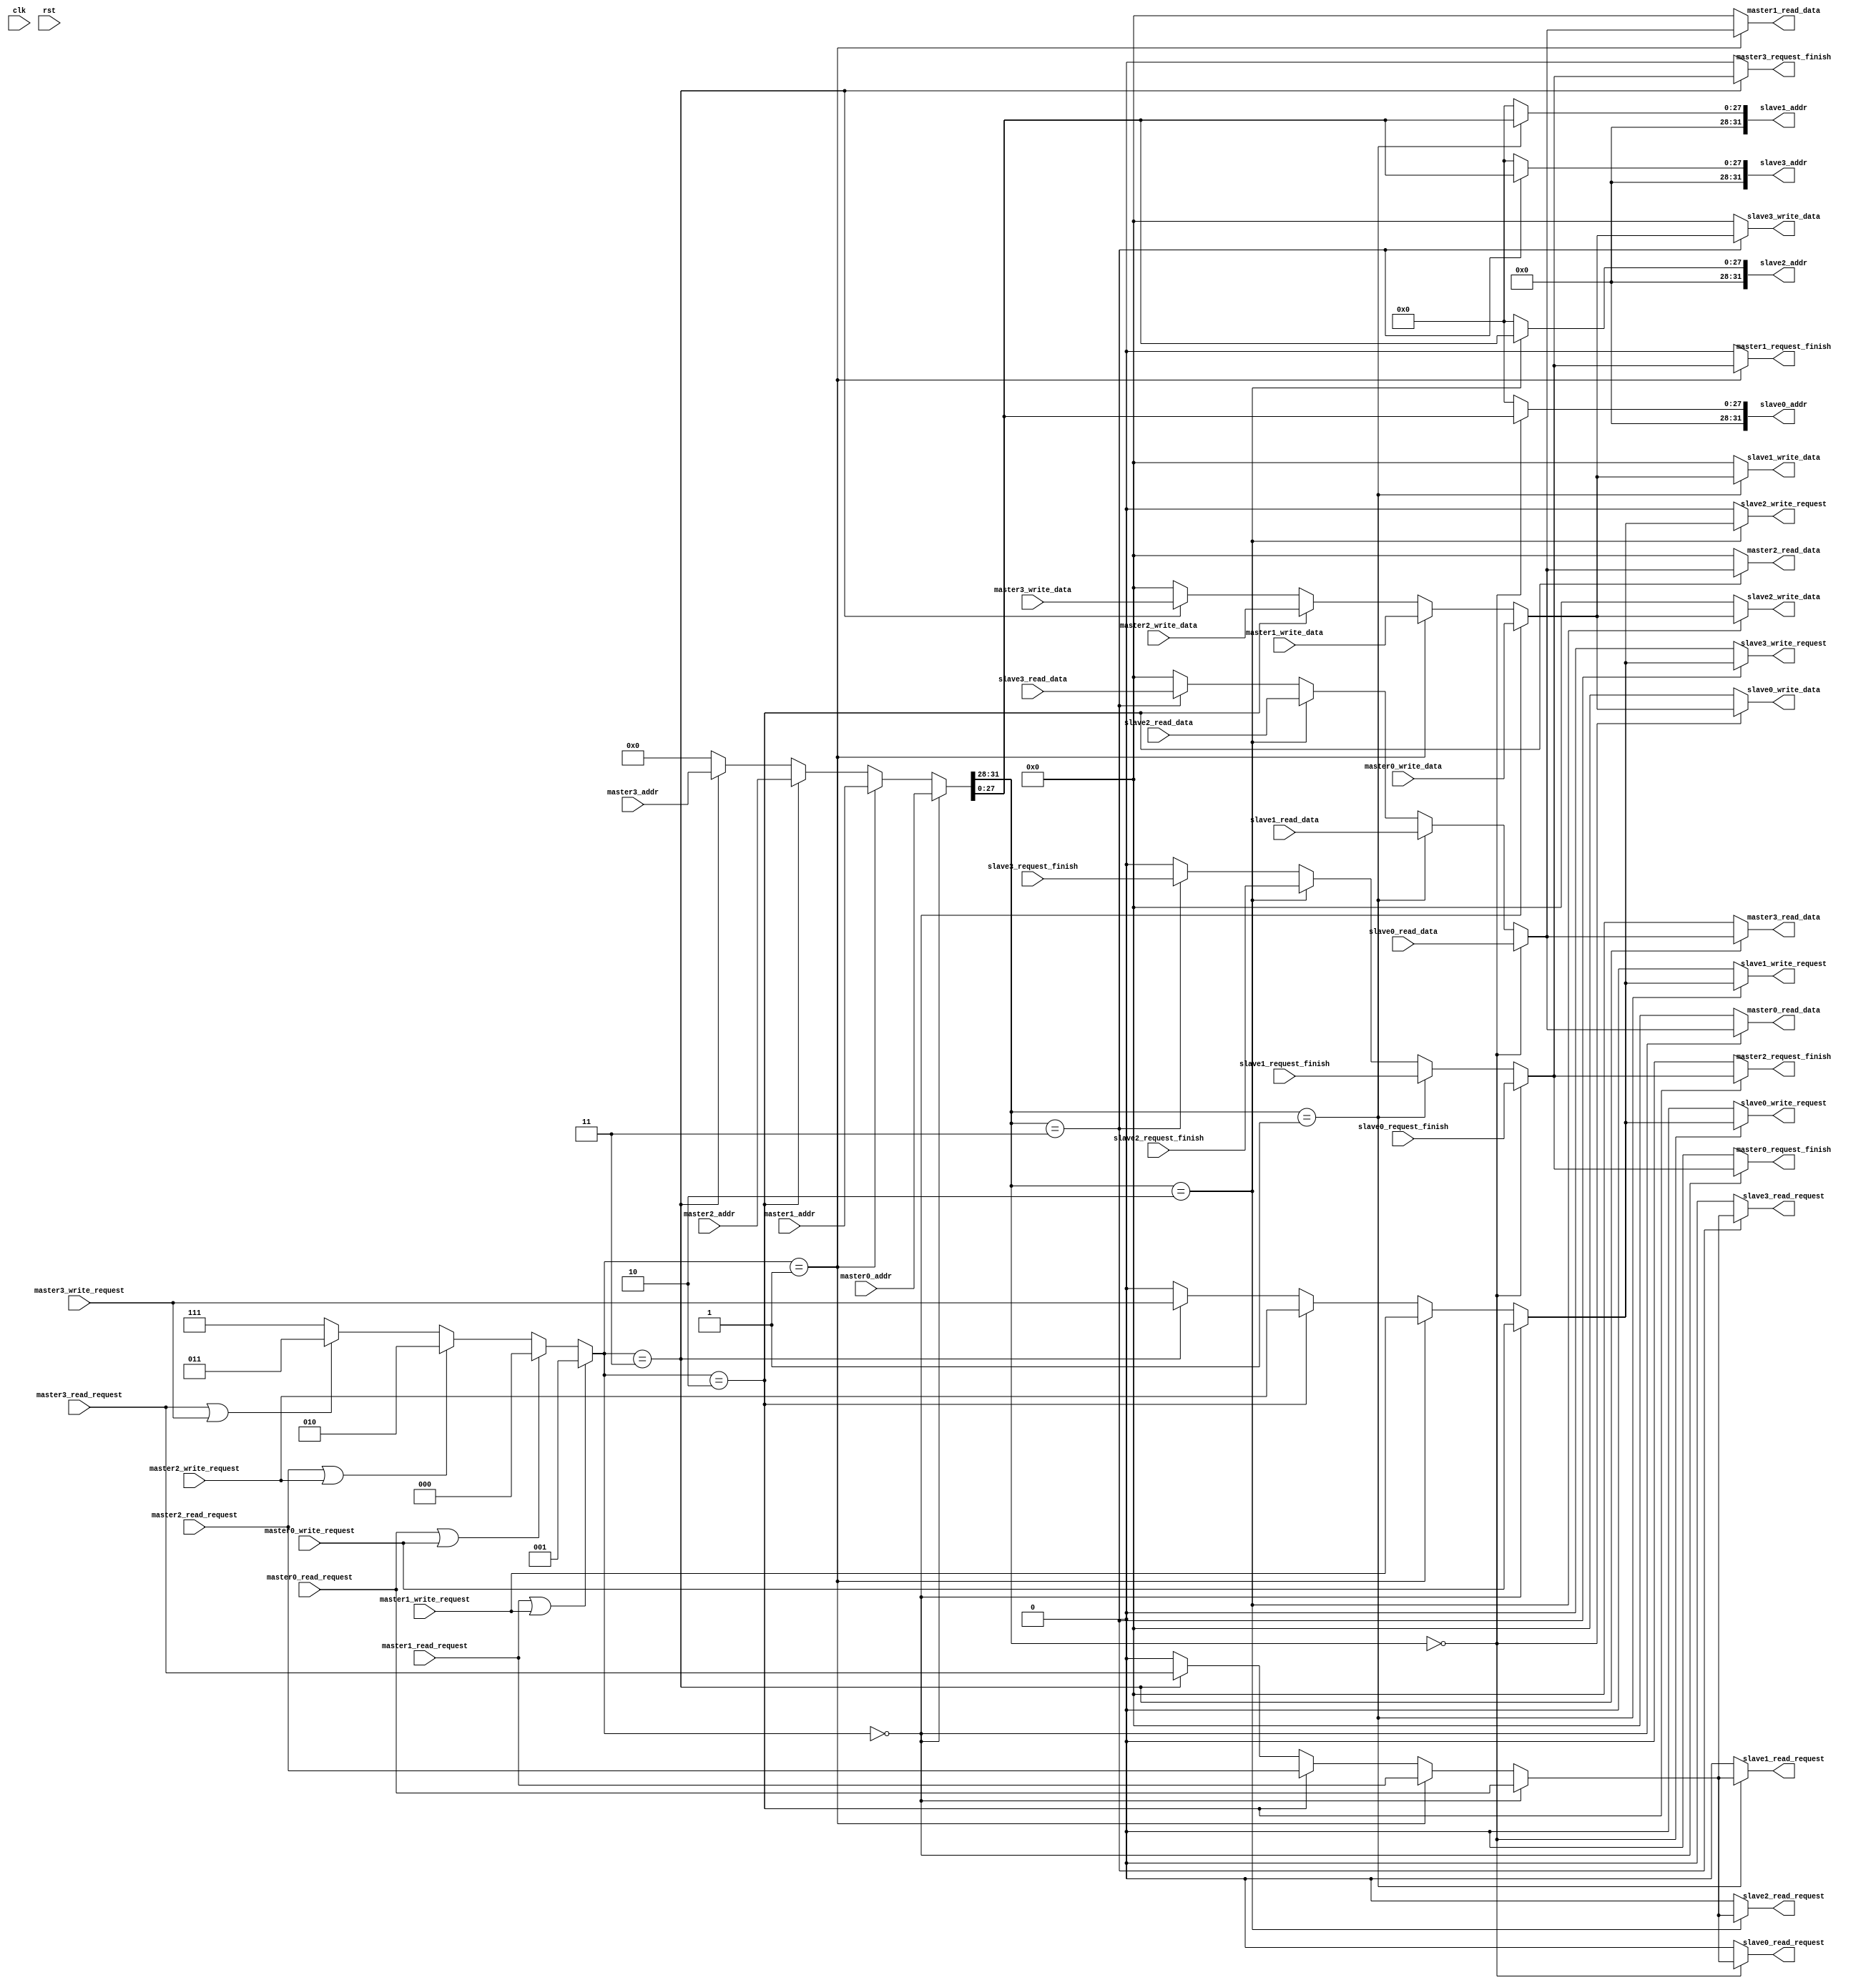
module NaiveBus #(
    parameter BUS_WIDTH=256
) (
    input clk, rst,

    // master 0: PC instruction interface
    input [31:0] master0_addr,
    input [BUS_WIDTH-1:0] master0_write_data,
    input master0_write_request, master0_read_request,
    output master0_request_finish,
    output [BUS_WIDTH-1:0] master0_read_data,

    // master 1: memory data interface
    input [31:0] master1_addr,
    input [BUS_WIDTH-1:0] master1_write_data,
    input master1_write_request, master1_read_request,
    output master1_request_finish,
    output [BUS_WIDTH-1:0] master1_read_data,

    // master 2:
    input [31:0] master2_addr,
    input [BUS_WIDTH-1:0] master2_write_data,
    input master2_write_request, master2_read_request,
    output master2_request_finish,
    output [BUS_WIDTH-1:0] master2_read_data,

    // master 3:
    input [31:0] master3_addr,
    input [BUS_WIDTH-1:0] master3_write_data,
    input master3_write_request, master3_read_request,
    output master3_request_finish,
    output [BUS_WIDTH-1:0] master3_read_data,

    // slave 0: instruction memory
    input slave0_request_finish,
    input [BUS_WIDTH-1:0] slave0_read_data,
    output slave0_write_request, slave0_read_request,
    output [31:0] slave0_addr,
    output [BUS_WIDTH-1:0] slave0_write_data,

    // slave 1: main memory
    input slave1_request_finish,
    input [BUS_WIDTH-1:0] slave1_read_data,
    output slave1_write_request, slave1_read_request,
    output [31:0] slave1_addr,
    output [BUS_WIDTH-1:0] slave1_write_data,

    // slave 2
    input slave2_request_finish,
    input [BUS_WIDTH-1:0] slave2_read_data,
    output slave2_write_request, slave2_read_request,
    output [31:0] slave2_addr,
    output [BUS_WIDTH-1:0] slave2_write_data,

    // slave 3
    input slave3_request_finish,
    input [BUS_WIDTH-1:0] slave3_read_data,
    output slave3_write_request, slave3_read_request,
    output [31:0] slave3_addr,
    output [BUS_WIDTH-1:0] slave3_write_data
);
    // parameters for slave's address space partition
    // we use the highest 4 bits of address to indicate different slave devices
    // In this way, we can support at most 16 slave devices
    parameter [3:0] slave0 = 4'b0000;
    parameter [3:0] slave1 = 4'b0001;
    parameter [3:0] slave2 = 4'b0010;
    parameter [3:0] slave3 = 4'b0011;
    // parameters for master's grant decision
    // we use 3 bits in total, which means we can support at most 8 masters
    parameter [2:0] grant0 = 3'b000;
    parameter [2:0] grant1 = 3'b001;
    parameter [2:0] grant2 = 3'b010;
    parameter [2:0] grant3 = 3'b011;

    // arbitration logic to decide which master's request should be responsed
    // priority: main memory's request > instruction ROM's request
    wire [2:0] grant = (master1_read_request || master1_write_request) ? grant1 :
                       (master0_read_request || master0_write_request) ? grant0 :
                       (master2_read_request || master2_write_request) ? grant2 :
                       (master3_read_request || master3_write_request) ? grant3 :
                       3'b111;
    wire write_request = (grant == grant0) ? master0_write_request :
                         (grant == grant1) ? master1_write_request :
                         (grant == grant2) ? master2_write_request :
                         (grant == grant3) ? master3_write_request :
                         1'b0;
    wire read_request = (grant == grant0) ? master0_read_request :
                        (grant == grant1) ? master1_read_request :
                        (grant == grant2) ? master2_read_request :
                        (grant == grant3) ? master3_read_request :
                        1'b0;
    wire [BUS_WIDTH-1:0] data_to_slave = (grant == grant0) ? master0_write_data :
                                         (grant == grant1) ? master1_write_data :
                                         (grant == grant2) ? master2_write_data :
                                         (grant == grant3) ? master3_write_data :
                                         0;
    wire [31:0] address_to_slave = (grant == grant0) ? master0_addr :
                                   (grant == grant1) ? master1_addr :
                                   (grant == grant2) ? master2_addr :
                                   (grant == grant3) ? master3_addr :
                                   32'h00000000;

    // select slave and corresponding data
    wire [3:0] slave_select = address_to_slave[31:28];
    wire slave_request_finish = (slave_select == slave0) ? slave0_request_finish :
                                (slave_select == slave1) ? slave1_request_finish :
                                (slave_select == slave2) ? slave2_request_finish :
                                (slave_select == slave3) ? slave3_request_finish :
                                1'b0;
    wire [BUS_WIDTH-1:0] data_from_slave = (slave_select == slave0) ? slave0_read_data :
                                           (slave_select == slave1) ? slave1_read_data :
                                           (slave_select == slave2) ? slave2_read_data :
                                           (slave_select == slave3) ? slave3_read_data :
                                           0;
    
    // data interaction among masters and slaves
    // master
    // request finish signal
    assign master0_request_finish = (grant == grant0) ? slave_request_finish : 1'b0;
    assign master1_request_finish = (grant == grant1) ? slave_request_finish : 1'b0;
    assign master2_request_finish = (grant == grant2) ? slave_request_finish : 1'b0;
    assign master3_request_finish = (grant == grant3) ? slave_request_finish : 1'b0;
    // read data
    assign master0_read_data = (grant == grant0) ? data_from_slave : 0;
    assign master1_read_data = (grant == grant1) ? data_from_slave : 0;
    assign master2_read_data = (grant == grant2) ? data_from_slave : 0;
    assign master3_read_data = (grant == grant3) ? data_from_slave : 0;
    // slave
    // read request signal
    assign slave0_read_request = (slave_select == slave0) ? read_request : 1'b0;
    assign slave1_read_request = (slave_select == slave1) ? read_request : 1'b0;
    assign slave2_read_request = (slave_select == slave2) ? read_request : 1'b0;
    assign slave3_read_request = (slave_select == slave3) ? read_request : 1'b0;
    // write request signal
    assign slave0_write_request = (slave_select == slave0) ? write_request : 1'b0;
    assign slave1_write_request = (slave_select == slave1) ? write_request : 1'b0;
    assign slave2_write_request = (slave_select == slave2) ? write_request : 1'b0;
    assign slave3_write_request = (slave_select == slave3) ? write_request : 1'b0;
    // address
    assign slave0_addr = (slave_select == slave0) ? {4'b0000, address_to_slave[27:0]} : 32'h00000000;
    assign slave1_addr = (slave_select == slave1) ? {4'b0000, address_to_slave[27:0]} : 32'h00000000;
    assign slave2_addr = (slave_select == slave2) ? {4'b0000, address_to_slave[27:0]} : 32'h00000000;
    assign slave3_addr = (slave_select == slave3) ? {4'b0000, address_to_slave[27:0]} : 32'h00000000;
    // data to slave
    assign slave0_write_data = (slave_select == slave0) ? data_to_slave : 0;
    assign slave1_write_data = (slave_select == slave1) ? data_to_slave : 0;
    assign slave2_write_data = (slave_select == slave2) ? data_to_slave : 0;
    assign slave3_write_data = (slave_select == slave3) ? data_to_slave : 0;
    
endmodule